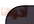
أخوها